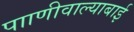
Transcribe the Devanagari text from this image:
पााणीवाल्याबाई